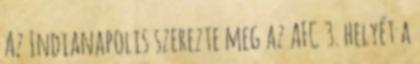
Az Indianapolis szerezte meg az AFC 3. helyét a